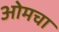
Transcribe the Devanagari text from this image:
ओमचा